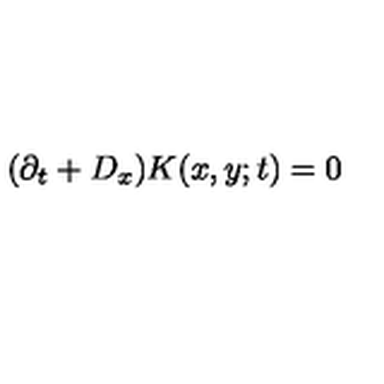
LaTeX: ( \partial _ { t } + D _ { x } ) K ( x , y ; t ) = 0